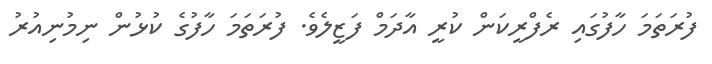
ފުރަތަމަ ހާފުގައި ރެފްރީކަން ކުރީ އާދަމް ފަޒީލެވެ. ފުރަތަމަ ހާފުގެ ކުޅުން ނިމުނިއުރު